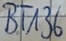
Text: BT136